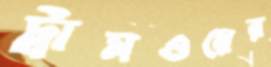
ট্রামওয়ের